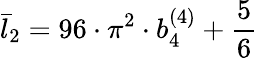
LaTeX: \bar{l}_{2}=96\cdot\pi^{2}\cdot b_{4}^{(4)}+{\frac{5}{6}}